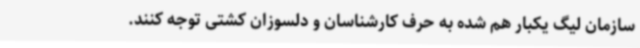
سازمان لیگ یکبار هم شده به حرف کارشناسان و دلسوزان کشتی توجه کنند.